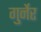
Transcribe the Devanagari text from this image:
गुर्नेर